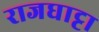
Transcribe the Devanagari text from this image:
राजघाट्टा